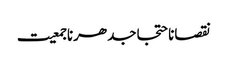
نقصاناحتجاجدھرناجمعیت